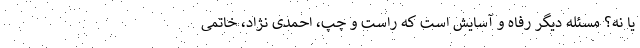
یا نه؟ مسئله دیگر رفاه و آسایش است که راست و چپ، احمدی نژاد، خاتمی